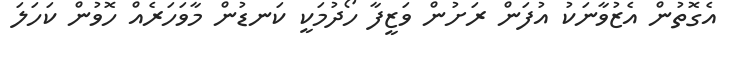
އެގޮތުން އެޒުވާނަކު އުފަން ރަށުން ވަޒީފާ ހޯދުމަކީ ކަނޑުން މާވަހަރެއް ހޮވުން ކަހަލަ